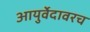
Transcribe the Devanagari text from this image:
आयुर्वेदावरच